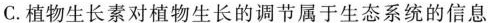
C.植物生长素对植物生长的调节属于生态系统的信息